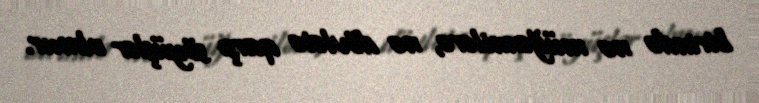
birində nə müğənnilərə, nə dövlətə qarşı söyüşlər olmur.